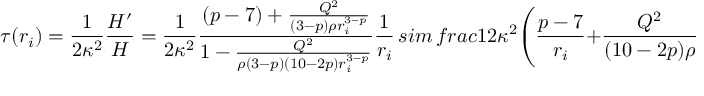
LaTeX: \tau ( r _ { i } ) = \frac { 1 } { 2 \kappa ^ { 2 } } \frac { H ^ { \prime } } { H } = \frac { 1 } { 2 \kappa ^ { 2 } } \frac { ( p - 7 ) + \frac { Q ^ { 2 } } { ( 3 - p ) \rho r _ { i } ^ { 3 - p } } } { 1 - \frac { Q ^ { 2 } } { \rho ( 3 - p ) ( 1 0 - 2 p ) r _ { i } ^ { 3 - p } } } \frac { 1 } { r _ { i } } \, s i m \, f r a c { 1 } { 2 \kappa ^ { 2 } } \Bigg ( \frac { p - 7 } { r _ { i } } + \frac { Q ^ { 2 } } { ( 1 0 - 2 p ) \rho } \frac { 1 } { r _ { i } ^ { 4 - p } } \Bigg )